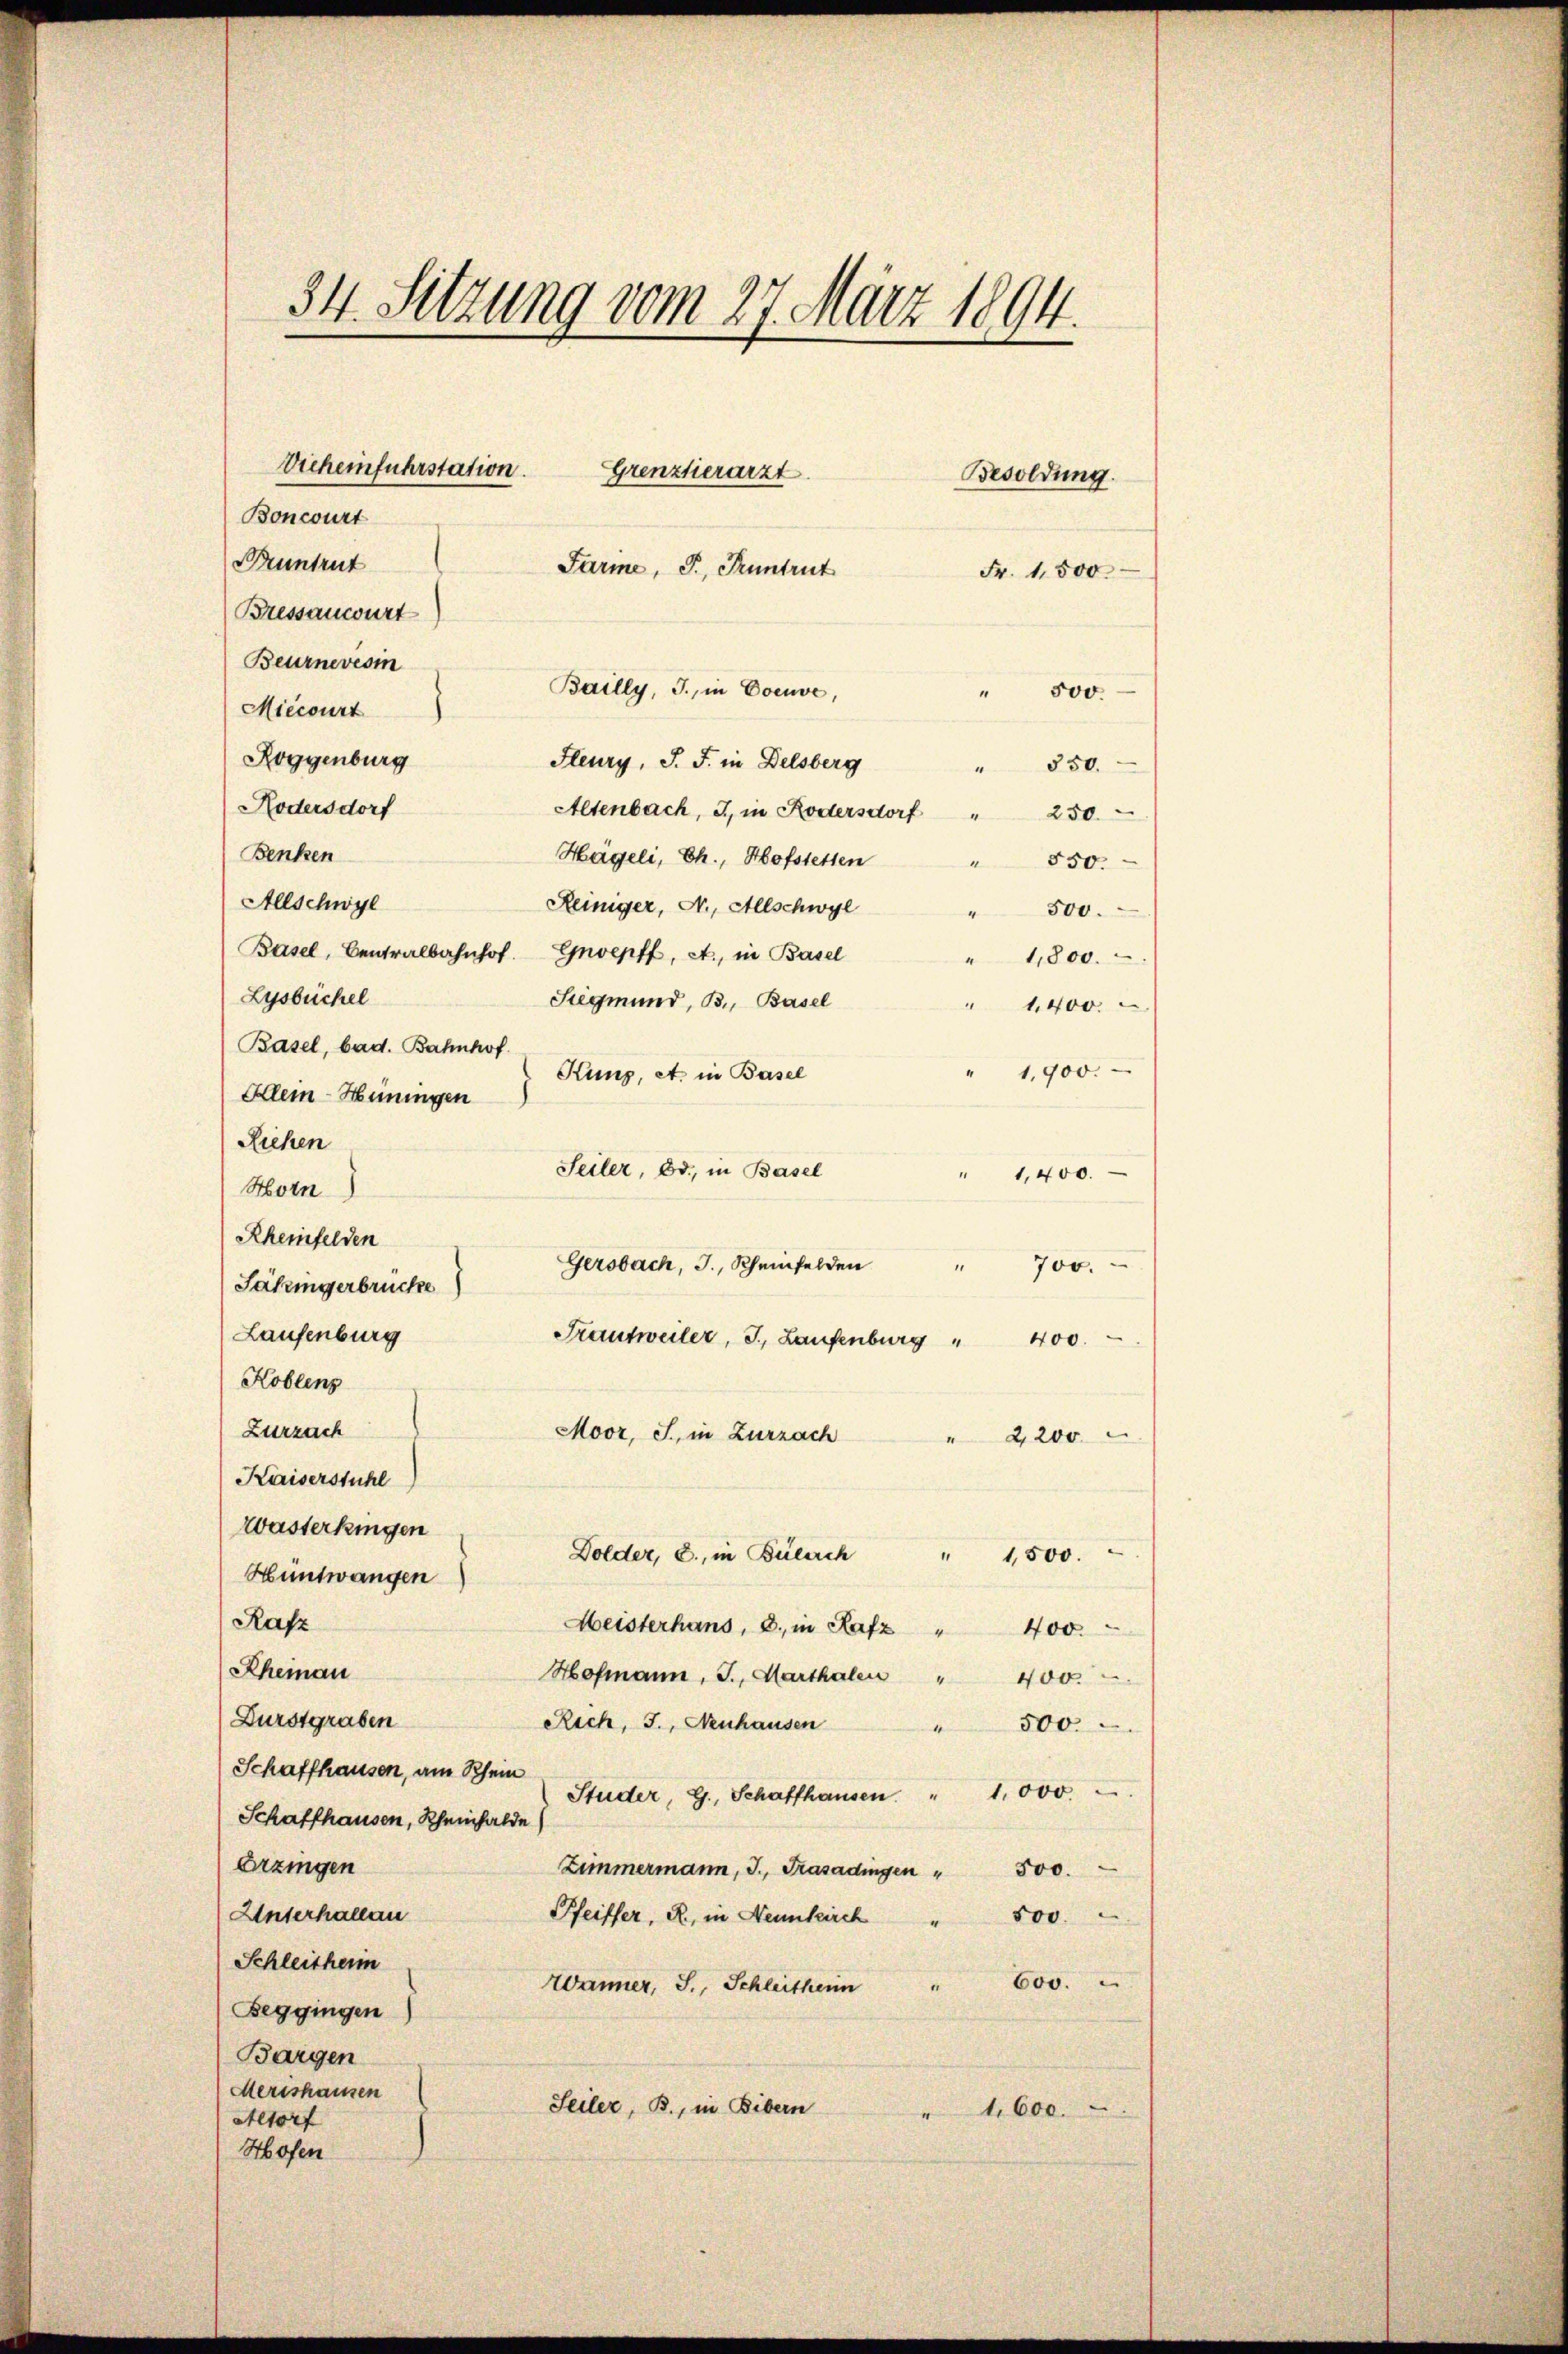
34. Sitzung vom 27. März 1894.
Vicheinfuhrstation.
Grenztierarzt.
Besoldung.
Boncourt
Buntrut
Furine, J. Kuntrut
Fr. 1,500
Bressauwurt

Beurnevesm
Bailly, J., in Coeuve,
Miecourt
Roggenburg
Heury, J. J. in Delsberg
Hodersdorf
Altenbach, 3, in Rodersdorf "
250.
Benken
Hägeli, Ch., Hofstetten
 550.
Allschwyl
Reiniger, N., Allschwyl
500.
Basel, Centralbahnhof. Gnoepff, At., in Basel
1,800.
Lysbüchel
Siegmund, B., Basel
1,400.
Basel, bad. Bahnhof
1,900.
Kung, a. in Basel
Klein Heiningen
Riehen
Seiler, Bd., in Basel
" 1,400.
Horn
Rheinfelden
Säkingerbrücke  Gersbach, J., Rheinfelden " 700.
Laufenburg
Frantweiler, J. Laufenburg " 400.
Koblenz
Zurzach
Moor, J., in Zurzach
" 2,200
Kaiserstuhl
Wasterkingen
Dolder, 2., in Bülach
" 1,500.
Hüntwangen
Rafz
Meisterhans, d. in Rafz " 400.
Rheinau
Hofmann, J., Marthalen "
400.
Durstgraben
Rich, J., Neuhausen
500.
Schaffhausen, am Schein
Studer, G., Schaffhausen. " 1000.
Schaffhausen, Rheinhalde
Erzingen
Zimmermann, J., Trasadingen " 500.
Unterhallau
Pfeiffer, R., in Neunkirch
500.
Schleitherm
600.
Wänner, S., Schleitherin
Beggingen
Bargen
Merishausen
Seiler, B., in Bibern
" 1,600.
Altorf
Hofen

550.
.

" 500.